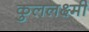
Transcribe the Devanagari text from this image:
कुललक्ष्मी